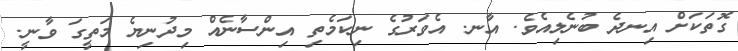
ގޮތަކަށް އިނދެ ބުނެލިއެވެ. އާނ. އެވަރުގެ ނިކަމެތި އިންސާނެއް މިދުނިޔެ މަތީގަ ވާނީ.